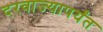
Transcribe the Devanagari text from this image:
दरवाज्यापर्यंत